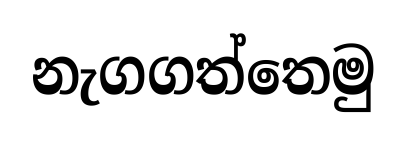
නැගගත්තෙමු